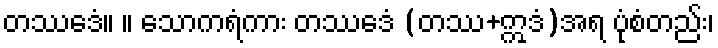
တဿေဒံ။ ။ သောကရံကား တဿေဒံ (တဿ+ဣဒံ)အရ ပုံစံတည်း၊